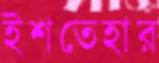
ইশতেহার